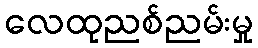
လေထုညစ်ညမ်းမှု